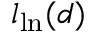
l _ { \mathrm { l n } } ( d )